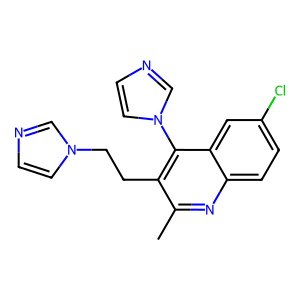
SMILES: Cc1nc2ccc(Cl)cc2c(-n2ccnc2)c1CCn1ccnc1
Inhibits HIV replication: No